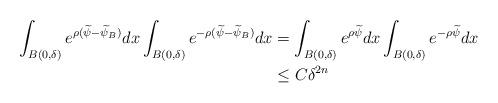
LaTeX: \begin{align*}\int_{B(0,\delta)}e^{\rho(\widetilde{\psi}-\widetilde{\psi}_B)}dx\int_{B(0,\delta)}e^{-\rho(\widetilde{\psi}-\widetilde{\psi}_B)}dx&=\int_{B(0,\delta)}e^{\rho\widetilde{\psi}}dx\int_{B(0,\delta)}e^{-\rho\widetilde{\psi}}dx\\&\leq C\delta^{2n}\end{align*}